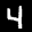
Label: 4